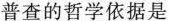
普查的哲学依据是